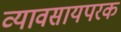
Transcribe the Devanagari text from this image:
व्यावसायपरक